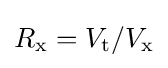
R_{\text{x}}=V_{\text{t}}/V_{\text{x}}